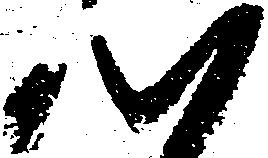
心